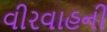
વીરવાહની